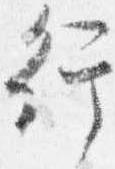
行